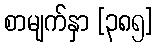
စာမျက်နှာ [၃၈၅]